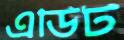
এডিট